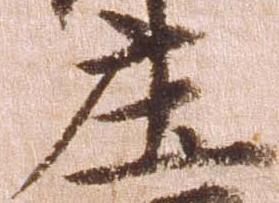
庄